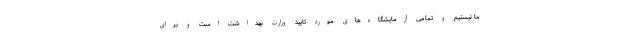
ما نیستیم و تمامی آزمایشگاه‌های مورد تایید وزارت بهداشت است و برای